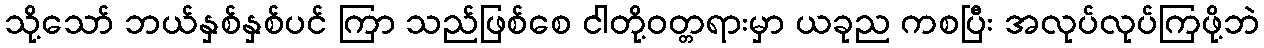
သို့သော် ဘယ်နှစ်နှစ်ပင် ကြာ သည်ဖြစ်စေ ငါတို့ဝတ္တရားမှာ ယခုည ကစပြီး အလုပ်လုပ်ကြဖို့ဘဲ